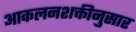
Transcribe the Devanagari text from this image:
आकलनशक्तीनुसार